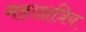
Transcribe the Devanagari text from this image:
महाक्षत्रिय